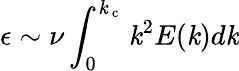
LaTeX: \epsilon\sim\nu\int_{0}^{\mathit{k}_{\mathrm{{~c~}}}}\mathit{k}^{2}E(\mathit{k})d\mathit{k}